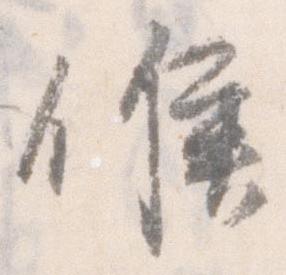
候